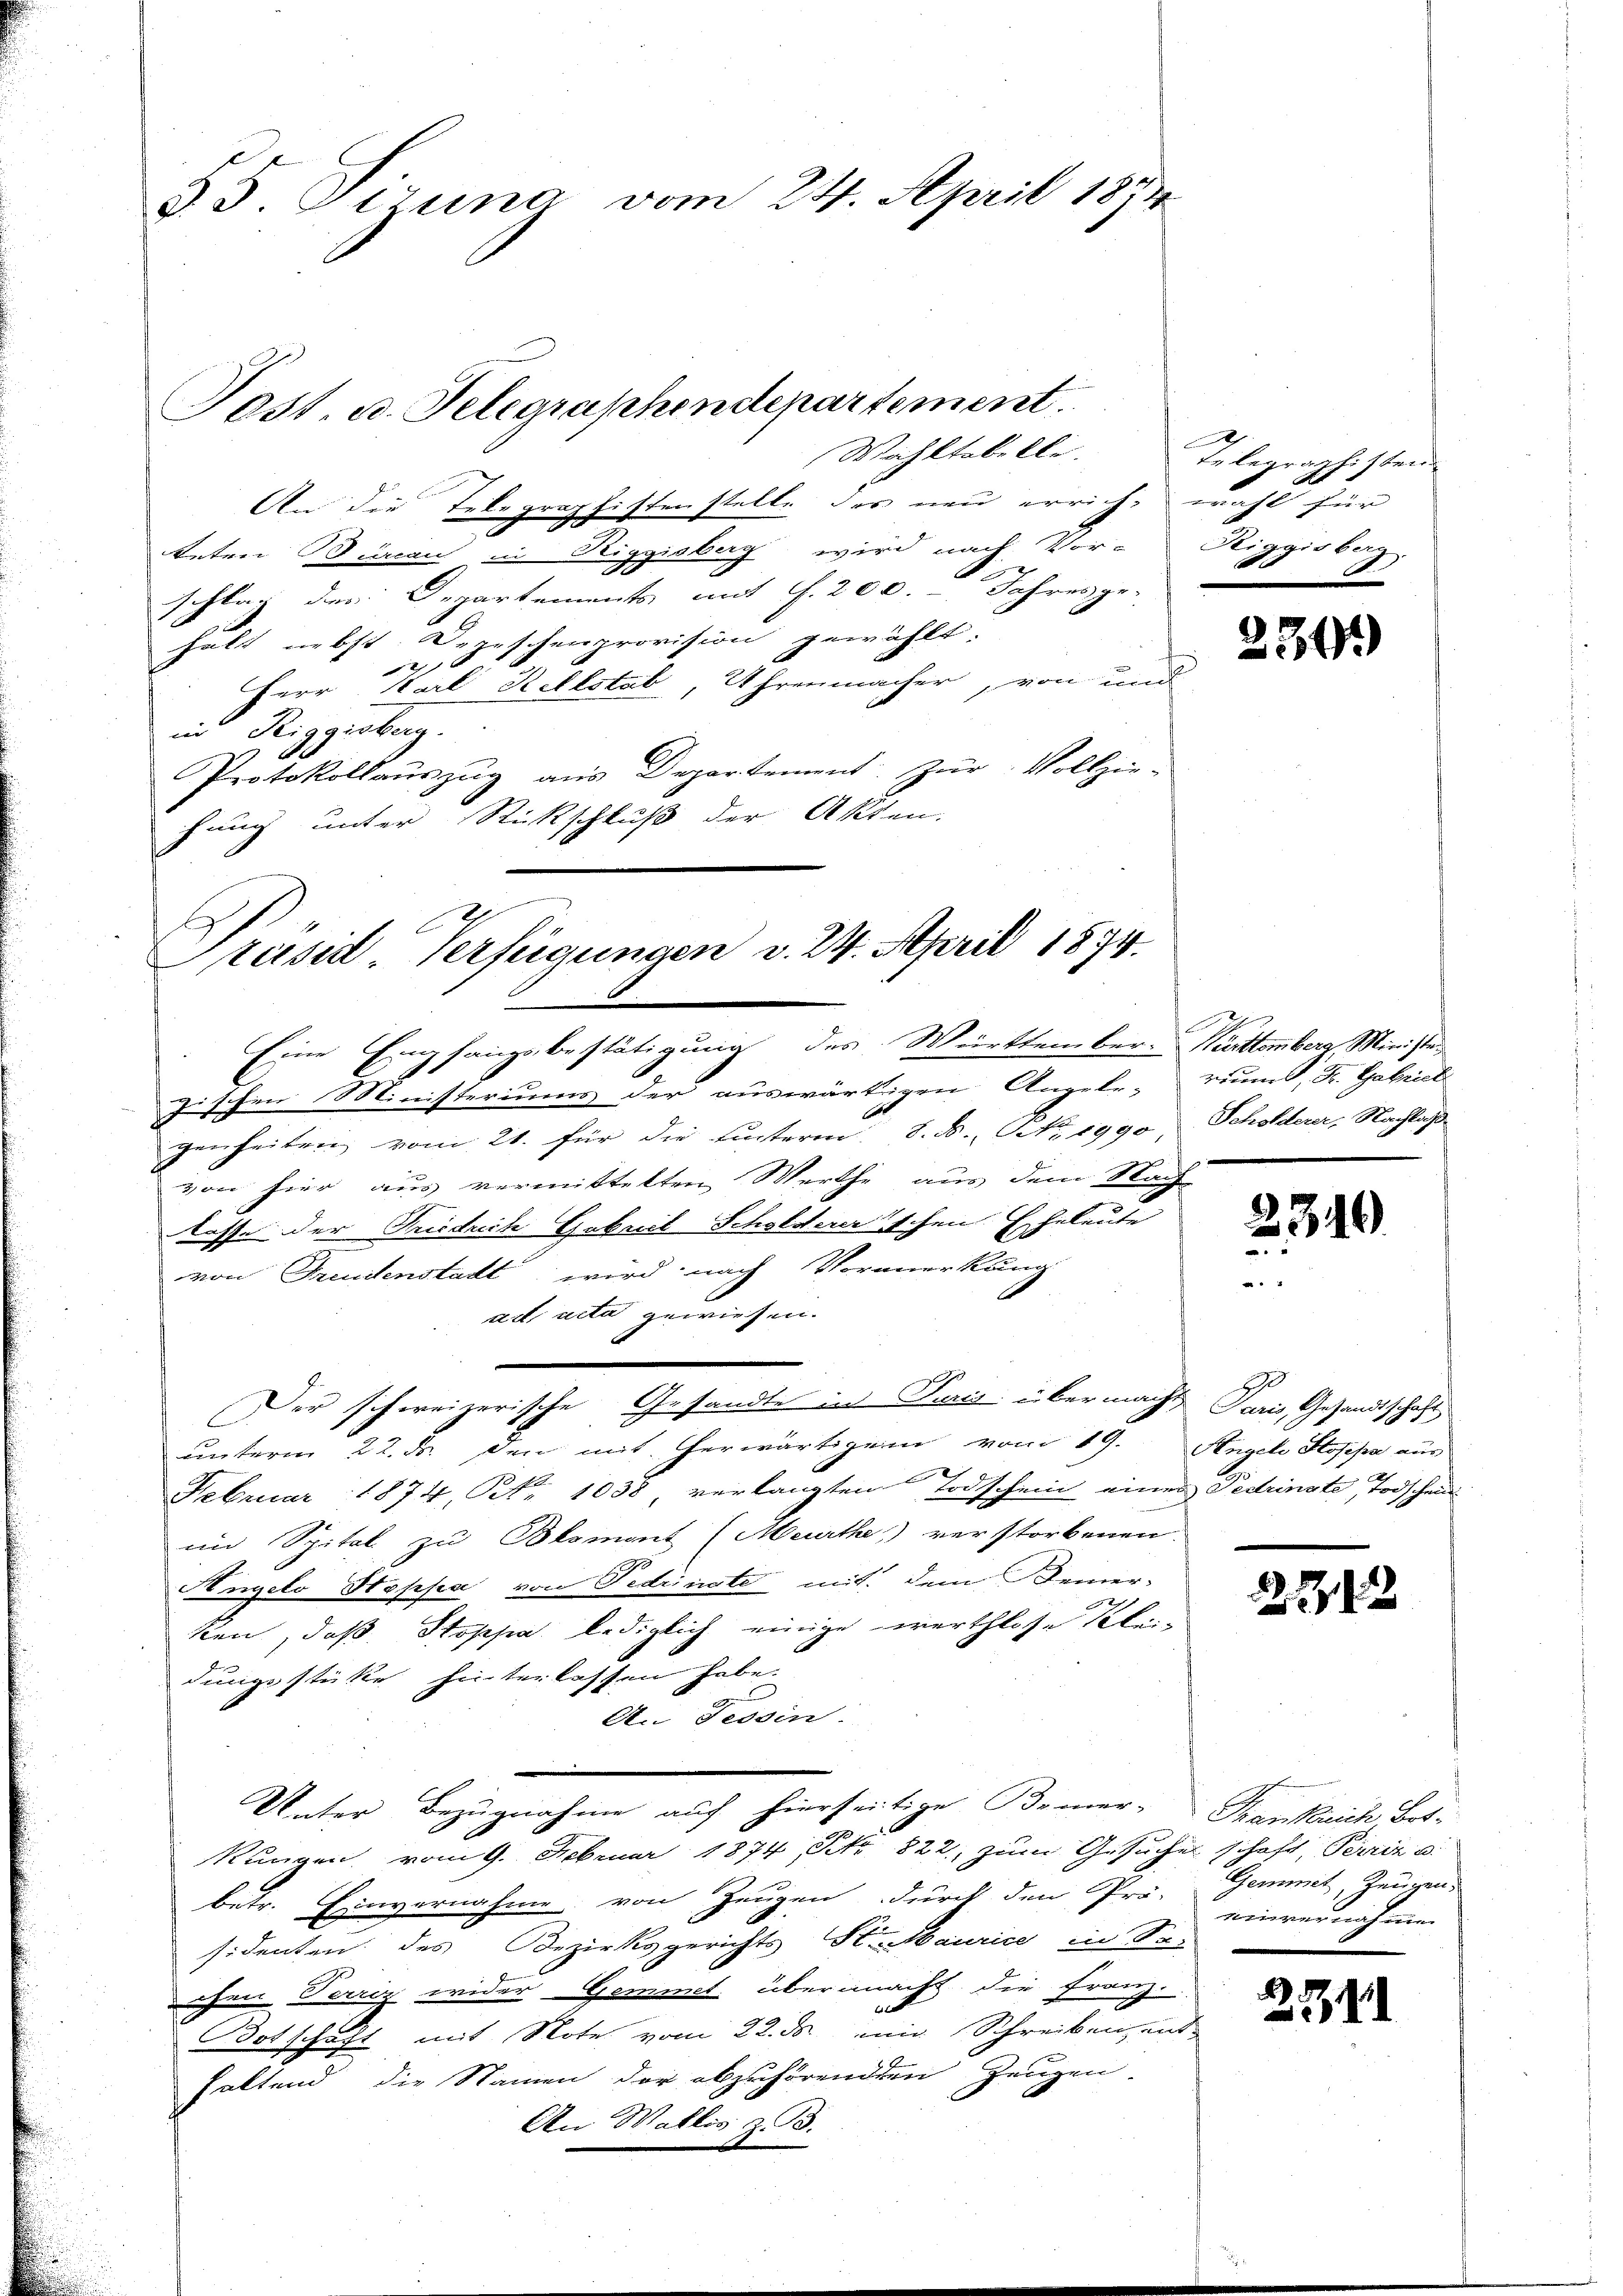
§.S. Girina vom 24. April 1894

Post, u. Telegraphendepartement
Wahltabelle.

Präsid-Verfügungen v. 24. April 1874.

An die Telegraphistenstelle des neu errich, wohl für
teten Benen in Riggisbag wird nach Vor- Riggisberg.
schlag der Departements mit f. 200. Jahres ge-
halt nebst Depeschenprovision gewählt.
2
Herr Carl Rellstab, Uhrenmacher, von und
in Riggisberg.
Protokollauszug aus Departement. Zŭr Vollzie-
fung unter Rückschluß der Akten.
Eine Empfangsbestätigung des Württember-Warttember Ministezischen Ministeriums der auswärtigen Angele- riums, F. Gabriel
genheiten vom 21. für die hinteren S. N. NNo. 1990, Scholderer, Nachlags-
von hier aus vermittelten Werthe aus dem Nach-
tasse der Friedrich Gobaris Scholderer schen Eheleute
von Freudenstadt wird nach Vormerkung
ad acta gewiesen.
Der schweizerische Gesandte in Puris übermacht Paris Gesandtschaft
unterm 22. ds. den mit herwärtigen vom 19. Angel Stofepa aus
Februar 1874, Nr. 1038 verlangten Todschein einer Pedringte Todschein
im Spital zu Blomont (Meurthe verstorbenen
Angelo Hoppa von Fedrinste mit dem Bemer-
ken, daß Sophie lediglich einige werthlosse Kleidungestrike hinterlassen habe.
An Tessin:
.
Unter Bezugnahme auf hierseitige Bemer-Trankreich Bet¬
Kungen vom 9. Februar 1874, S. 822, zum Gesuches schaft, Perrin u.
betr. Einvernahme von Zeugen durch den Prä-
sidenten des Bezirksgerichts St. Maurice in Sa-
chen Verriz wider Gement übermacht die Franz.
Botschaft mit Note vom 22. ds. eine Schreiben, ent-
haltend die Namen der abzuhörenden Zeugen.
An Wallis z. B.

Telegraphisten.

2301)

2

2212

Gemmet, Zeugen.
einvernahmen

.

346

234